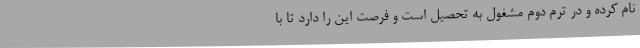
نام کرده و در ترم دوم مشغول به تحصیل است و فرصت این را دارد تا با